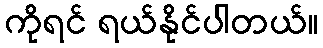
ကိုရင် ရယ်နိုင်ပါတယ်။